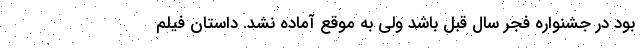
بود در جشنواره فجر سال قبل باشد ولی به موقع آماده نشد. داستان فیلم